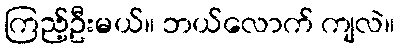
ကြည့်ဦးမယ်။ ဘယ်လောက် ကျလဲ။